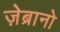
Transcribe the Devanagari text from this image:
ज़ेब्रानो